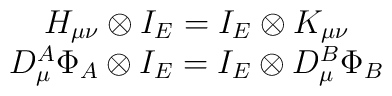
\begin{array}{c}H_{\mu \nu }\otimes I_E=I_E\otimes K_{\mu \nu } \\D_\mu ^A\Phi _A\otimes I_E=I_E\otimes D_\mu ^B\Phi _B\end{array}